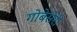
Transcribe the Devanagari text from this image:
गोबेसेरी